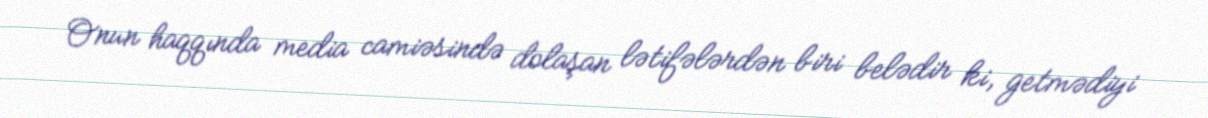
Onun haqqında media camiəsində dolaşan lətifələrdən biri belədir ki, getmədiyi